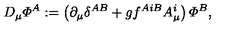
D _ { \mu } { \mit \Phi } ^ { A } : = \left( \partial _ { \mu } \delta ^ { A B } + g f ^ { A i B } A _ { \mu } ^ { i } \right) { \mit \Phi } ^ { B } ,